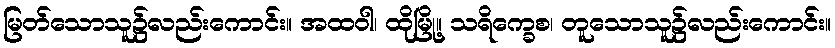
မြတ်သောသူ၌လည်းကောင်း။ အထဝါ၊ ထိုမြို့။ သရိက္ခေစ၊ တူသောသူ၌လည်းကောင်း။